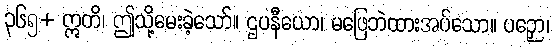
၃၆၅+ ဣတိ၊ ဤသို့မေးခဲ့သော်။ ဌပနီယော၊ မဖြေဘဲထားအပ်သော။ ပဉှော၊